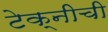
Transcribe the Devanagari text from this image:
टेक्नीची